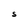
Character: S